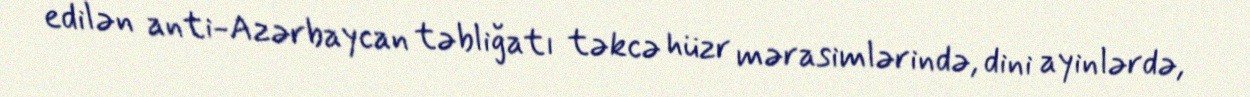
edilən anti-Azərbaycan təbliğatı təkcə hüzr mərasimlərində, dini ayinlərdə,